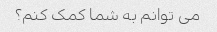
می توانم به شما کمک کنم؟